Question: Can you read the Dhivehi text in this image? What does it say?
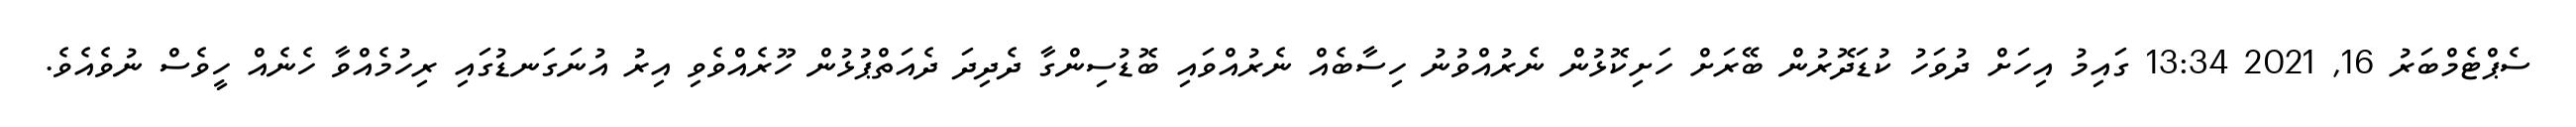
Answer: ސެޕްޓެމްބަރު 16, 2021 13:34 ގައިމު އިހަށް ދުވަހު ކުޑަދޮރުން ބޭރަށް ހަށިކޮޅުން ނެރުއްވުނު ހިސާބެއް ނެރުއްވައި ބޮޑުސިންގާ ދެދިދަ ދެއަތްޕުޅުން ހޫރެއްވެވި އިރު އުނަގަނޑުގައި ރިހުމެއްވާ ހެނެއް ހީވެސް ނުވެއެވެ.